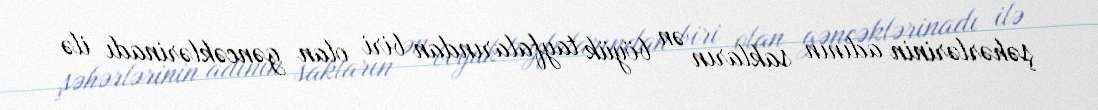
şəhərlərinin adının sakların ən böyük tayfalarından biri olan gəncəklərinadı ilə